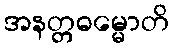
အနတ္တဓမ္မောတိ